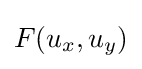
F(u_{x},u_{y})